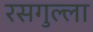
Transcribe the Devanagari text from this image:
रसगुल्‍ला